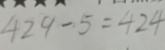
4 2 9 - 5 = 4 2 4